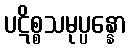
ပဋိစ္စသမုပ္ပန္နော